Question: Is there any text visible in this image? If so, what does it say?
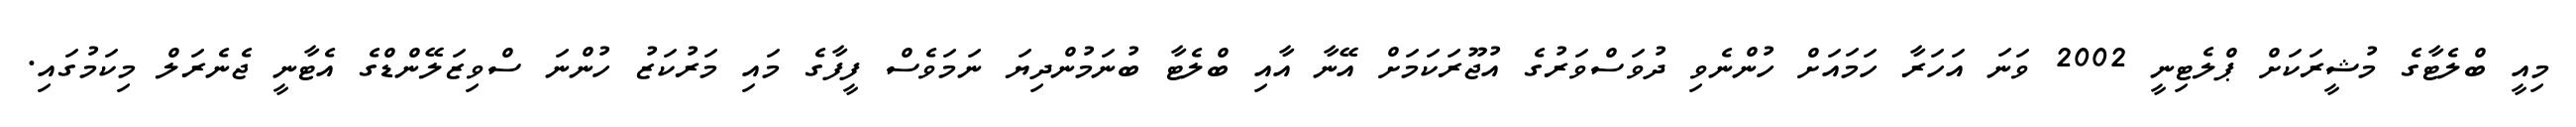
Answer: މިއީ ބްލެޓާގެ މުޝީރަކަށް ޕްލެޓިނީ 2002 ވަނަ އަހަރާ ހަމައަށް ހުންނެވި ދުވަސްވަރުގެ އުޖޫރަކަމަށް އޭނާ އާއި ބްލެޓާ ބުނަމުންދިޔަ ނަމަވެސް ފީފާގެ މައި މަރުކަޒު ހުންނަ ސްވިޒަލޭންޑްގެ އެޓާނީ ޖެނެރަލް މިކަމުގައި.